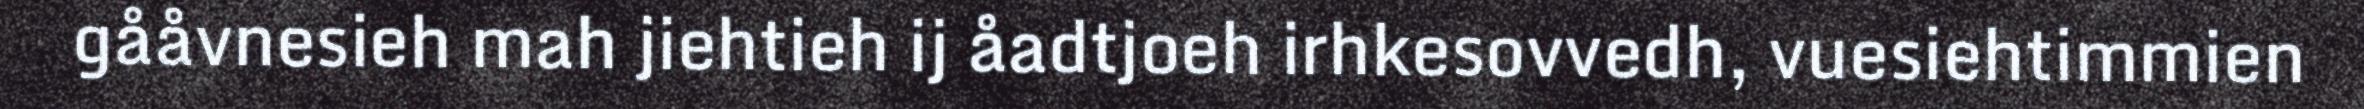
gååvnesieh mah jiehtieh ij åadtjoeh irhkesovvedh, vuesiehtimmien